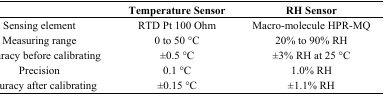
|  | Temperature Sensor | RH Sensor |
 | --- | --- | --- |
 | Sensing element | RTD Pt 100 Ohm | Macro-molecule HPR-MQ |
 | Measuring range | 0 to 50 °C | 20% to 90% RH |
 | Accuracy before calibrating | ±0.5 °C | ±3% RH at 25 °C |
 | Precision | 0.1 °C | 1.0% RH |
 | Accuracy after calibrating | ±0.15 °C | ±1.1% RH |